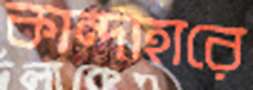
কান্দাহারে